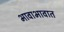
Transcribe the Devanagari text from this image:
भावाभावात